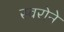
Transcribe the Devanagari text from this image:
स्वरोने